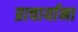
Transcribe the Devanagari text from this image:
प्राचार्याना